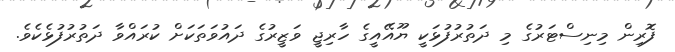
ފޮރިން މިނިސްޓަރުގެ މި ދަތުރުފުޅަކީ ޔޫއޭއީގެ ހާރިޖީ ވަޒީރުގެ ދައުވަތަކަށް ކުރައްވާ ދަތުރުފުޅެކެވެ.